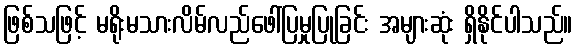
ဖြစ်သဖြင့် မရိုးမသားလိမ်လည်ဖေါ်ပြမှုပြုခြင်း အများဆုံး ရှိနိုင်ပါသည်။